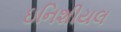
ઇનિશીયલ